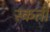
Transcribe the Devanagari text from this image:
स्कती